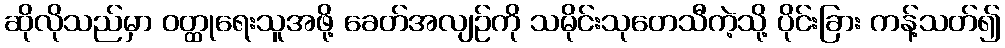
ဆိုလိုသည်မှာ ဝတ္ထုရေးသူအဖို့ ခေတ်အလျဉ်ကို သမိုင်းသုတေသီကဲ့သို့ ပိုင်းခြား ကန့်သတ်၍